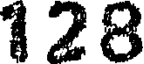
128